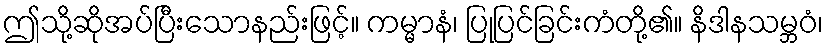
ဤသို့ဆိုအပ်ပြီးသောနည်းဖြင့်။ ကမ္မာနံ၊ ပြုပြင်ခြင်းကံတို့၏။ နိဒါနသမ္ဘဝံ၊